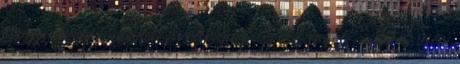
ahogy testem minden porcikája megtelik erővel, újra és újra